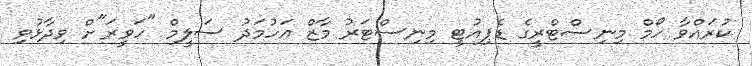
ކުރައްވާ ހޯމް މިނިސްޓްރީގެ ޑެޕިއުޓީ މިނިސްޓަރު މާޒް އަހުމަދު ސަލީމް "ހަވީރަ"ށް ވިދާޅުވި